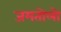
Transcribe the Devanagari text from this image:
जमतोलो